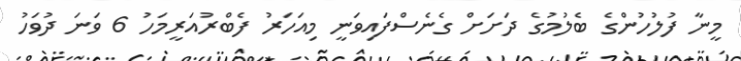
މީނާ ފުލުހުންގެ ބެލުމުގެ ދަށަށް ގެނެސްފައިވަނީ މިއަހަރު ފެބްރުއަރީމަހު 6 ވަނަ ދުވަހު